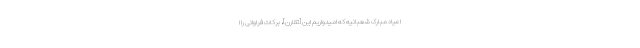
اعیاد مبارک شعبانیّه که امیدواریم این [تقارن]، برکات فراوانی را ا